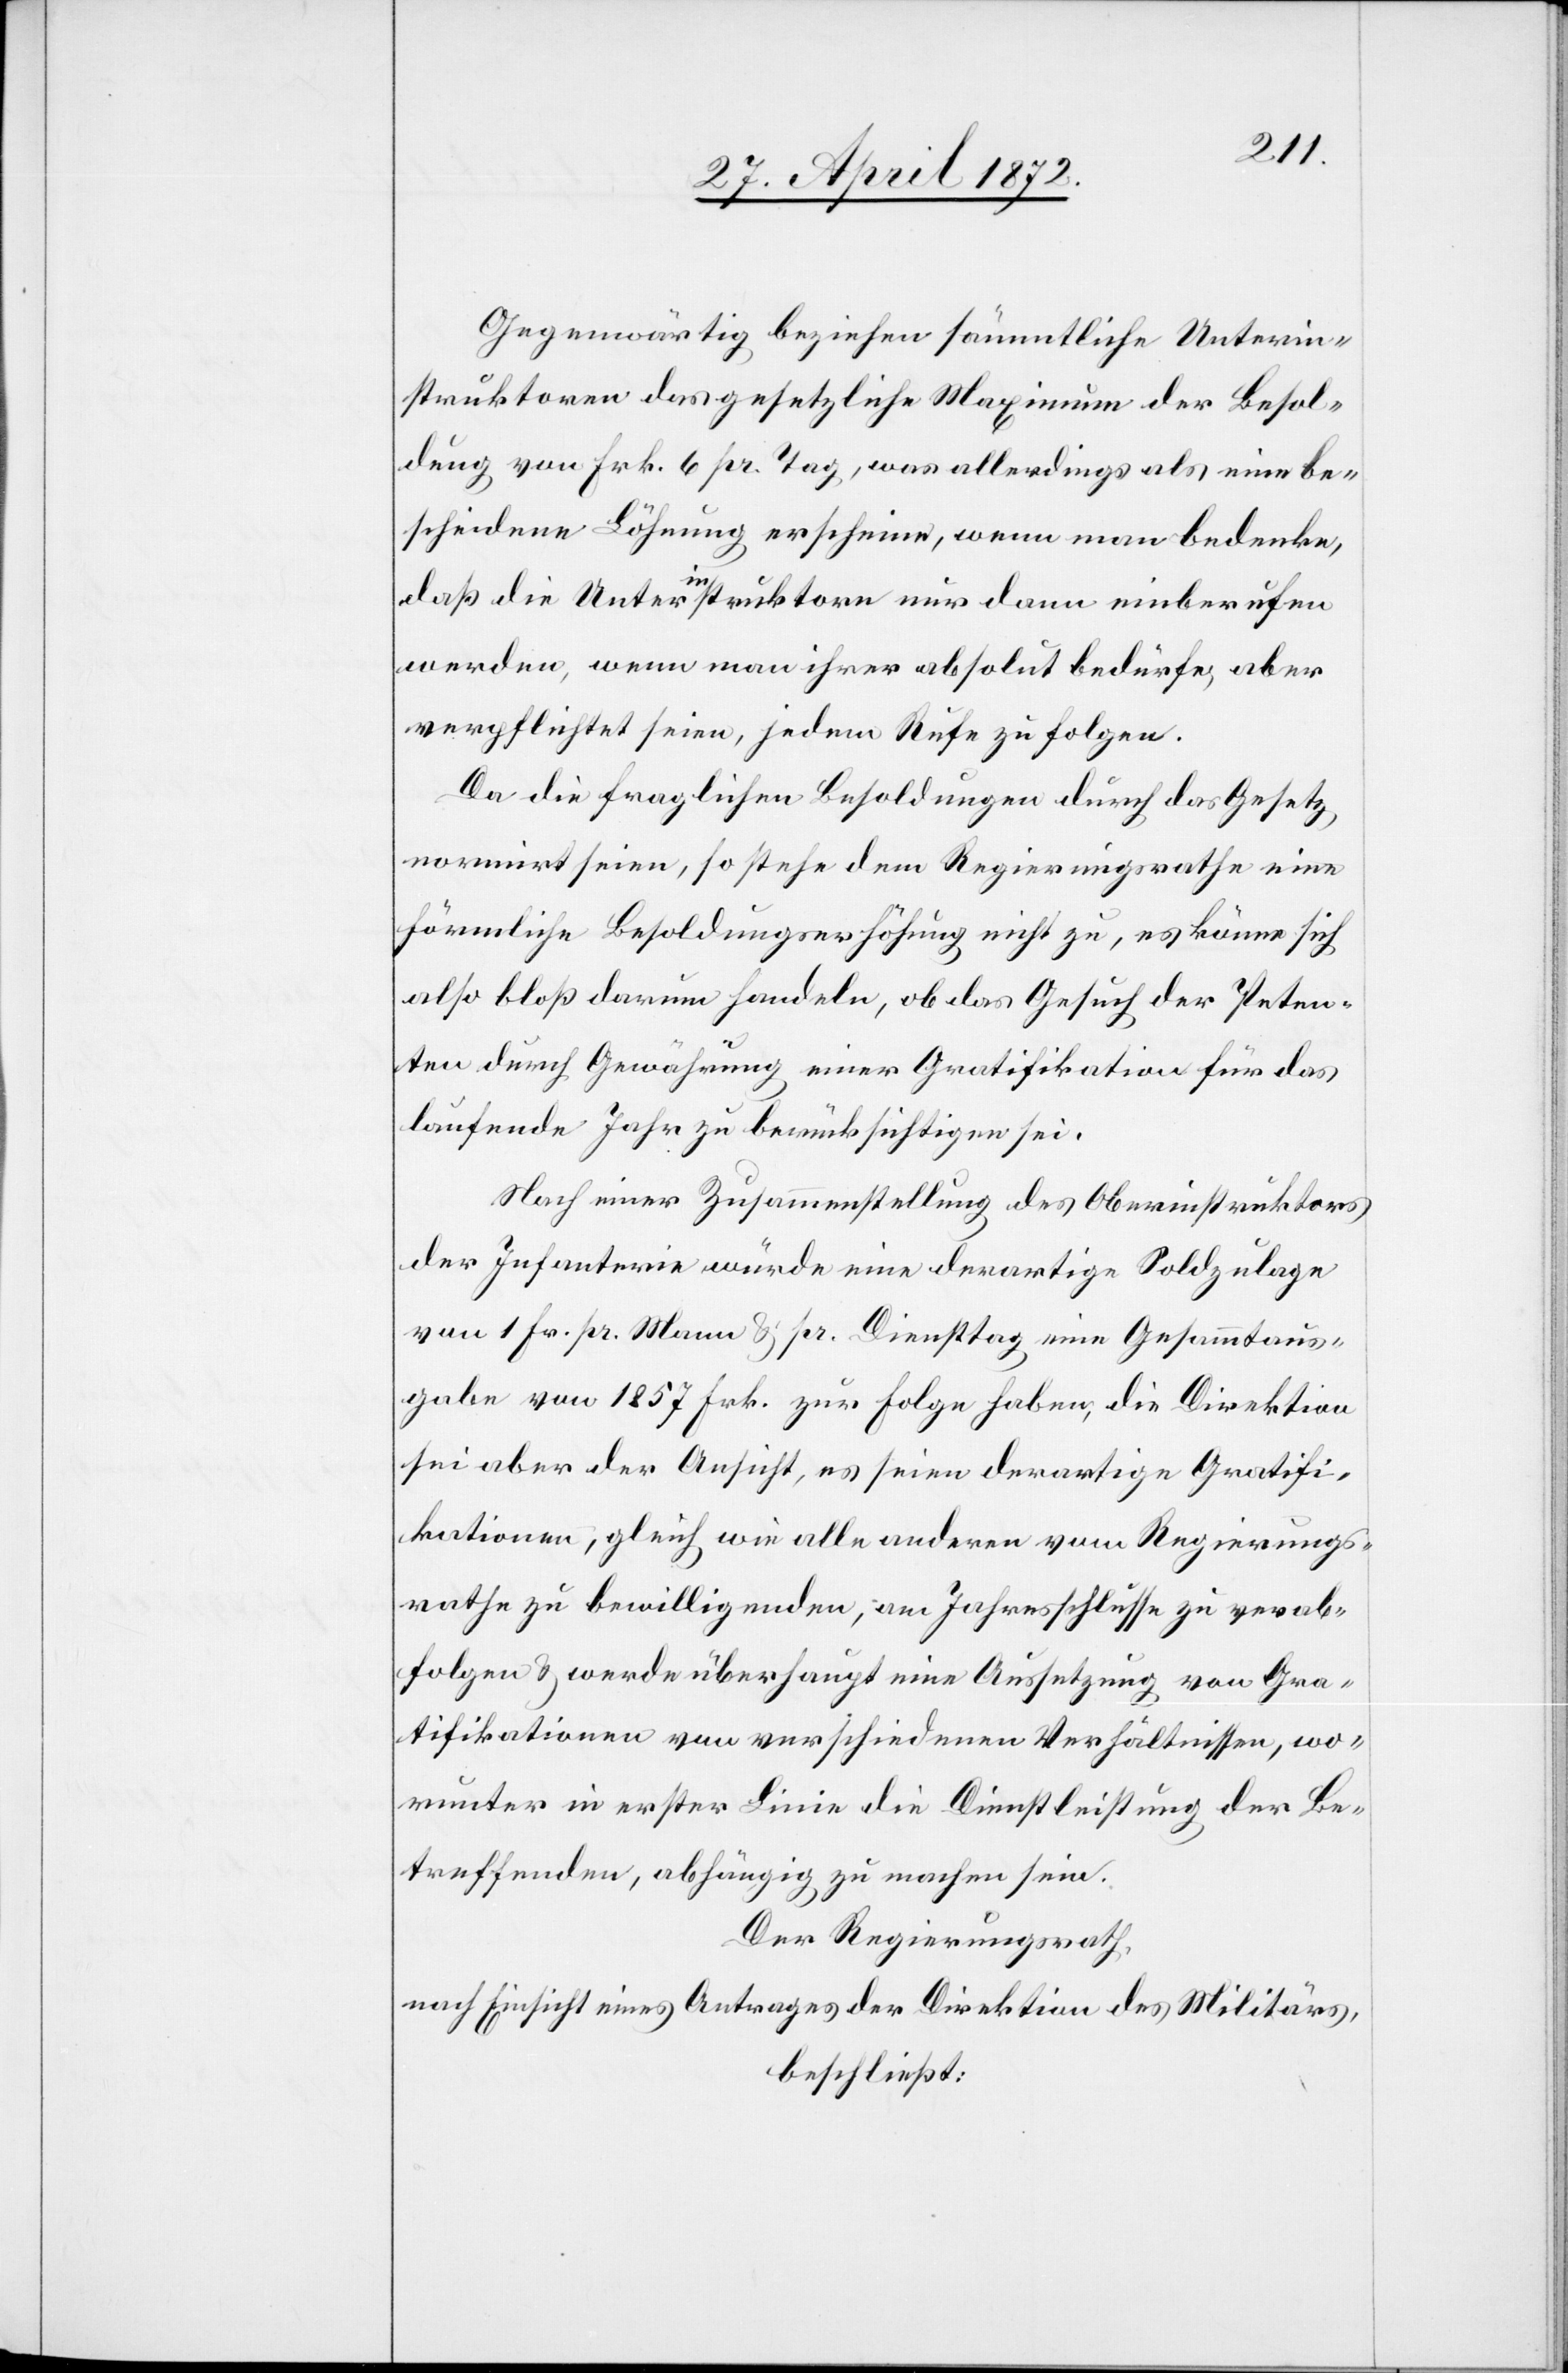
Gegenwärtig beziehen sämmtliche Unterin¬
struktoren das gesetzliche Maximum der Besol¬
dung von Frk. 6 pr. Tag, was allerdings als eine be¬
scheidene Löhnung erscheine, wenn man bedenke,
daß die Unterinstruktoren nur dann einberufen
werden, wenn man ihrer absolut bedürfe, aber
verpflichtet seien, jedem Rufe zu folgen.
Da die fraglichen Besoldungen durch das Gesetz
normirt seien, so stehe dem Regierungsrathe eine
förmliche Besoldungserhöhung nicht zu, es könne sich
also bloß darum handeln, ob das Gesuch der Peten¬
ten durch Gewährung einer Gratifikation für das
laufende Jahr zu berücksichtigen sei.
Nach einer Zusammenstellung des Oberinstruktors
der Infanterie würde eine derartige Soldzulage
von 1 Fr. pr. Mann u. pr. Diensttag eine Gesammtaus¬
gabe von 1857 Frk. zur Folge haben, die Direktion
sei aber der Ansicht, es seien derartige Gratifi¬
kationen, gleich wie alle anderen vom Regierungs¬
rathe zu bewilligenden, am Jahresschlusse zu verab¬
folgen u. werde überhaupt eine Aussetzung von Gra¬
tifikationen von verschiedenen Verhältnissen, wo¬
runter in erster Linie die Dienstleistung der Be¬
treffenden, abhängig zu machen sei.
Der Regierungsrath,
nach Einsicht eines Antrages der Direktion des Militärs,
beschließt: